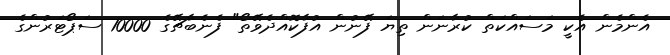
އެންމެން އެކީ މަސައްކަތް ކުރާނަން ތިޔަ ފޭނުން އުފާކޮއްދެވޭތޯ" ފެނެބާޗޭގެ 10000 ސަޕޯޓަރުންގެ